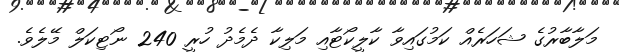
މަލާބާރުގެ ޝަހަރެއް ކަމުގައިވާ ކާލީކޯޓާއި މަލިކާ ދެމެދު ހުރީ 240 ނޯޓިކަލް މޭލެވެ.